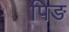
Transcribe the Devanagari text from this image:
पिङ